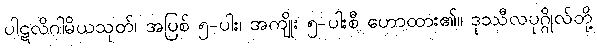
ပါဋလိဂါမိယသုတ်၊ အပြစ် ၅-ပါး၊ အကျိုး ၅-ပါးစီ ဟောထား၏။ ဒုဿီလပုဂ္ဂိုလ်တို့